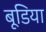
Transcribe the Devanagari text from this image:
बूडिया